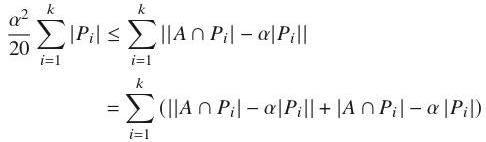
\[
\begin{align*}
\frac{\alpha^2}{20} \sum_{i = 1}^{k} |P_i| &\leq \sum_{i = 1}^{k} ||A \cap P_i| - \alpha|P_i||\\
&= \sum_{i = 1}^{k} (||A \cap P_i| - \alpha|P_i|| + |A \cap P_i| - \alpha|P_i|)
\end{align*}
\]